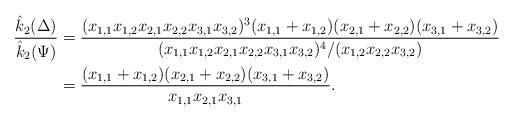
LaTeX: \begin{align*}\dfrac{\hat{k}_2(\Delta)}{\hat{k}_2(\Psi)}&= \dfrac{(x_{1,1}x_{1,2}x_{2,1}x_{2,2}x_{3,1}x_{3,2})^3(x_{1,1}+x_{1,2})(x_{2,1}+x_{2,2})(x_{3,1}+x_{3,2})}{(x_{1,1}x_{1,2}x_{2,1}x_{2,2}x_{3,1}x_{3,2})^4/(x_{1,2}x_{2,2}x_{3,2})}\\&= \dfrac{(x_{1,1}+x_{1,2})(x_{2,1}+x_{2,2})(x_{3,1}+x_{3,2})}{x_{1,1}x_{2,1}x_{3,1}}.\end{align*}